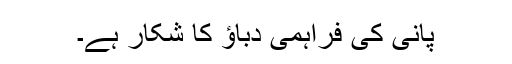
پانی کی فراہمی دباؤ کا شکار ہے۔